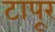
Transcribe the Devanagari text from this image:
टापूर